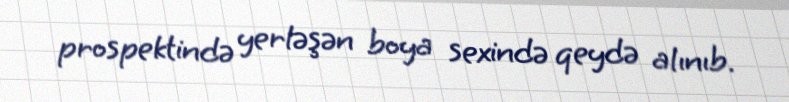
prospektində yerləşən boya sexində qeydə alınıb.